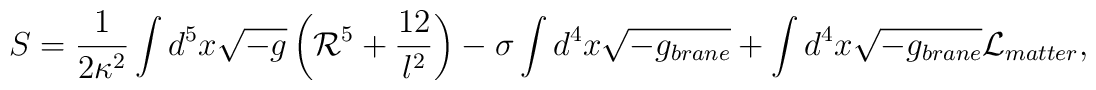
S= \frac{1}{2 \kappa^2}\int d^5 x \sqrt{-g}\left({\cal R}^5 +  \frac{12}{l^2} \right)- \sigma \int d^4 x \sqrt{-g_{brane}}+ \int d^4 x \sqrt{-g_{brane}} {\cal L}_{matter},